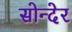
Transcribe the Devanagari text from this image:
सोन्देर